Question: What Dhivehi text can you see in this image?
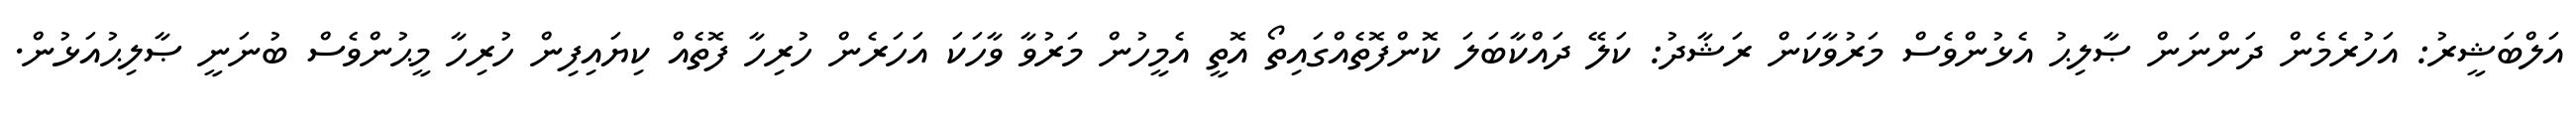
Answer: އަލްބަޝީރު: އަހުރެމެން ދަންނަން ޞާލިޙު އެޅުންވެސް މަރުވާކަން ރަޝާދު: ކަލޭ ދައްކާބަލަ ކޮންފޮތެއްގައިތޯ އޮތީ އެމީހުން މަރުވާ ވާހަކަ އަހަރެން ހުރިހާ ފޮތެއް ކިޔައިފިން ހުރިހާ މީޙުންވެސް ބުނަނީ ޞާލިޙުއަޅުން.